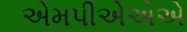
એમપીએએએ